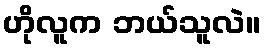
ဟိုလူက ဘယ်သူလဲ။